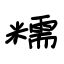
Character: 糯